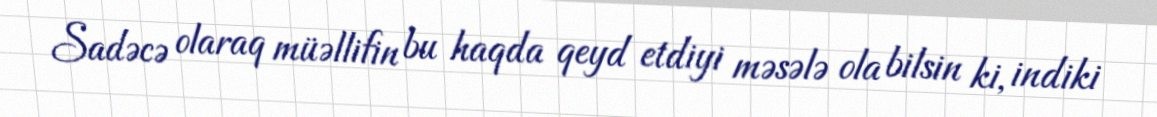
Sadəcə olaraq müəllifin bu haqda qeyd etdiyi məsələ ola bilsin ki, indiki